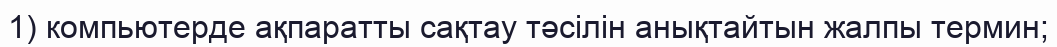
1) компьютерде ақпаратты сақтау тәсілін анықтайтын жалпы термин;